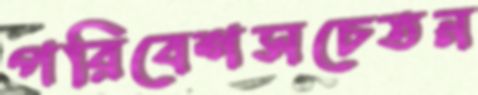
পরিবেশসচেতন